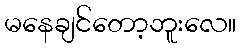
မနေချင်တော့ဘူးလေ။